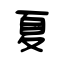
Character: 夏